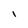
Character: l